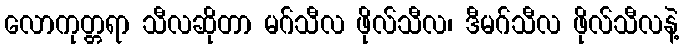
လောကုတ္တရာ သီလဆိုတာ မဂ်သီလ ဖိုလ်သီလ၊ ဒီမဂ်သီလ ဖိုလ်သီလနဲ့